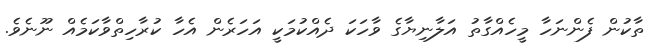
ތާކުން ފެންނަހާ މީހެއްގާތު އަލާނިޔާގެ ވާހަކަ ދެއްކުމަކީ އަހަރެން އެހާ ކުރާހިތްވާކަމެއް ނޫނެވެ.